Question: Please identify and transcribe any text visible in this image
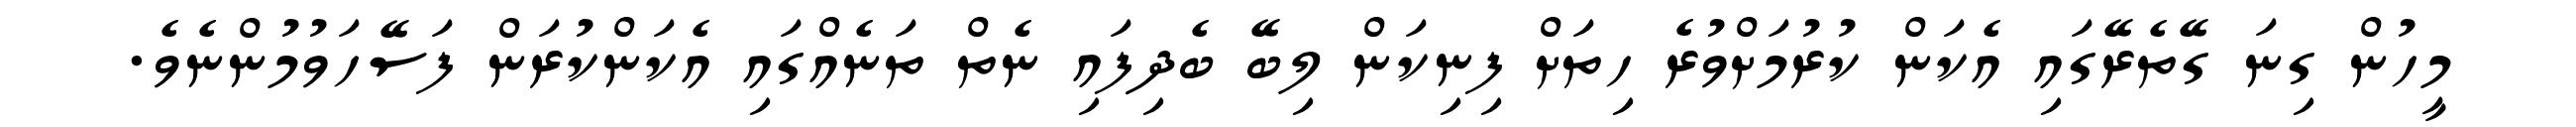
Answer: މީހުން ގިނަ ގޭތެރޭގައި އެކަން ކުރުމަށްވުރެ ހިތަށް ފިނިކަން ލިބޭ ބެދިފައި ނެތް ތަނެއްގައި އެކަންކުރަން ފަސޭހަވުމުންނެވެ.